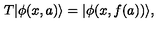
T | \phi ( x , a ) \rangle = | \phi ( x , f ( a ) ) \rangle ,